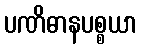
ပဏိဓာနပစ္စယာ